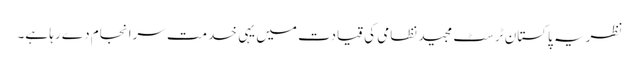
نظریہ پاکستان ٹرسٹ مجید نظامی کی قیادت میں یہی خدمت سرانجام دے رہا ہے۔